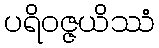
ပရိဝဇ္ဇယိဿံ